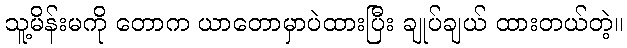
သူ့မိန်းမကို တောက ယာတောမှာပဲထားပြီး ချုပ်ချယ် ထားတယ်တဲ့။